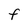
Character: F